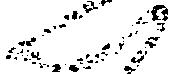
ん